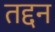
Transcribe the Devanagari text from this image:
तद्दन